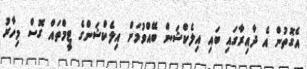
އެގޮތުން އެ ދާއިރާގައި ބައި އިލެކްޝަން ބޭއްވުމަށް އިލެކްޝަންގެ ޓީމްތައް ގޮސް މިހާރު